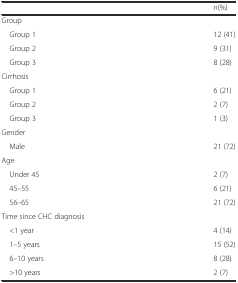
<table><thead><tr><td></td><td><b><i>n</i>(%)</b></td></tr></thead><tbody><tr><td>Group</td><td></td></tr><tr><td> Group 1</td><td>12 (41)</td></tr><tr><td> Group 2</td><td>9 (31)</td></tr><tr><td> Group 3</td><td>8 (28)</td></tr><tr><td>Cirrhosis</td><td></td></tr><tr><td> Group 1</td><td>6 (21)</td></tr><tr><td> Group 2</td><td>2 (7)</td></tr><tr><td> Group 3</td><td>1 (3)</td></tr><tr><td>Gender</td><td></td></tr><tr><td> Male</td><td>21 (72)</td></tr><tr><td>Age</td><td></td></tr><tr><td> Under 45</td><td>2 (7)</td></tr><tr><td> 45–55</td><td>6 (21)</td></tr><tr><td> 56–65</td><td>21 (72)</td></tr><tr><td>Time since CHC diagnosis</td><td></td></tr><tr><td> &lt;1 year</td><td>4 (14)</td></tr><tr><td> 1–5 years</td><td>15 (52)</td></tr><tr><td> 6–10 years</td><td>8 (28)</td></tr><tr><td> &gt;10 years</td><td>2 (7)</td></tr></tbody></table>